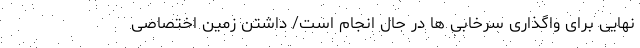
نهایی برای واگذاری سرخابی ‌ها در حال انجام است/ داشتن زمین اختصاصی